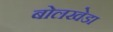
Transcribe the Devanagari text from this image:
बोलखेडा